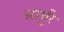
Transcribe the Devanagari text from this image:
आर्थुर